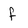
Character: f